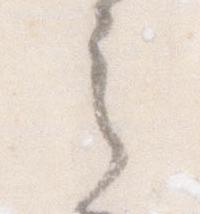
之